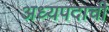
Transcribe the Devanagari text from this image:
अध्यपदाची